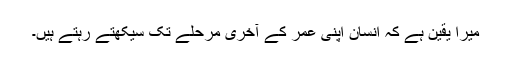
میرا یقین ہے کہ انسان اپنى عمر کے آخرى مرحلے تک سیکهتے رہتے ہیں۔